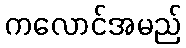
ကလောင်အမည်